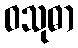
ဝသုဓာ